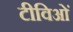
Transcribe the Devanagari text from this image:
टीविओं